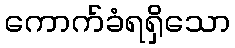
ကောက်ခံရရှိသော